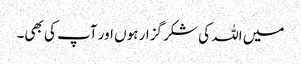
میں اللہ کی شکر گزار ہوں اور آپ کی بھی۔